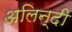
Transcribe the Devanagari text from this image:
अलिन्दी